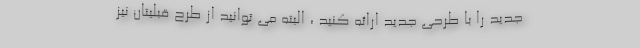
جدید را با طرحی جدید ارائه کنید ، البته می توانید از طرح قبلیتان نیز